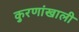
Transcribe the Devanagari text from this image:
कुरणांखाली